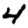
Digit: 4